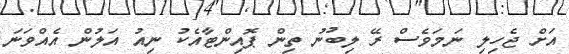
އަށް ޖެހިލި ނަމަވެސް ރޭ ލިބުނު ތިން ޕޮއިންޓާއެކު ނިއު އަލުން އެއްވަނަ